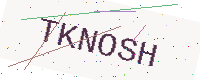
Text: TKNOSH